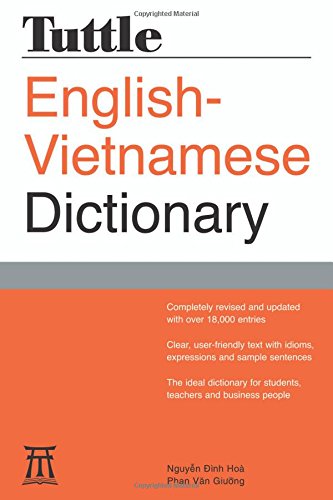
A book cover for Tuttle English-Vietnamese Dictionary (Tuttle Reference Dic); Nguyen Dinh Hoa; Reference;